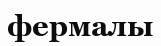
фермалы